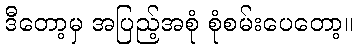
ဒီတော့မှ အပြည့်အစုံ စုံစမ်းပေတော့။